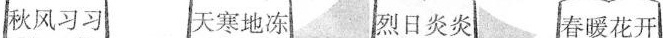
秋风习习 天寒地冻 烈日炎炎 春暖花开